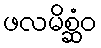
ဖလမိစ္ဆံဝ